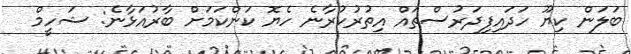
ބަލަން ކިޔޫ ހަދައިފިދަރުސްތައް އިތުރުކުރާނެ ހެޔޮ ކަންކަމަށް ބާރުއަޅާނެ: ޝަހީމް